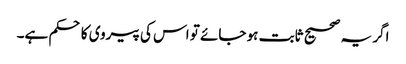
اگر یہ صحیح ثابت ہو جائے تو اس کی پیروی کا حکم ہے۔